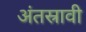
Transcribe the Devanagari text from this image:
अंतस्रावी